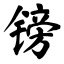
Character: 镑